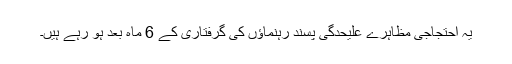
یہ احتجاجی مظاہرے علیحدگی پسند رہنماؤں کی گرفتاری کے 6 ماہ بعد ہو رہے ہیں۔